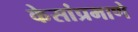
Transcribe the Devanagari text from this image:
केसांप्रमाणे